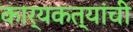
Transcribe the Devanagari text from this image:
कार्यकत्यांची